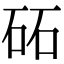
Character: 砳